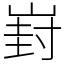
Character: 崶